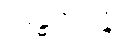
အန္ဓကဝိန္ဒံ